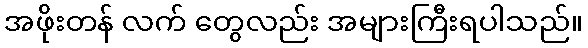
အဖိုးတန် လက် တွေလည်း အများကြီးရပါသည်။